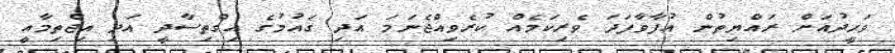
ވަހީދުއަށް ރައްޔިތުން އުފާވާފަދަ ވެރިކަމެއް ކުރެވިއްޖެނަމަ އަދި ގައުމުގެ އިގްތިސާދީ އަދި އިޖްތިމާއީ